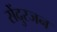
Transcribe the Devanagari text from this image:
सेंदुरजन